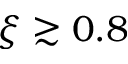
\xi \gtrsim 0 . 8